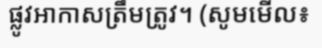
ផ្លូវអាកាសត្រឹមត្រូវ។ (សូមមើល៖